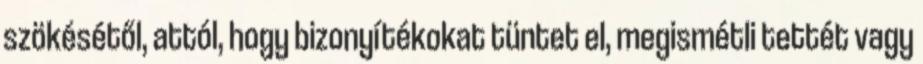
szökésétől, attól, hogy bizonyítékokat tüntet el, megismétli tettét vagy